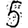
Digit: 5